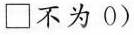
\Box不为0)